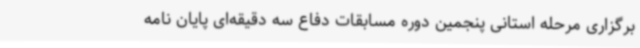
برگزاری مرحله استانی پنجمین دوره مسابقات دفاع سه دقیقه‌ای پایان نامه